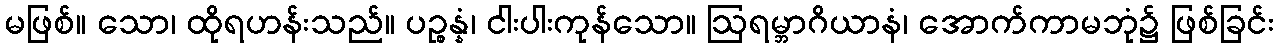
မဖြစ်။ သော၊ ထိုရဟန်းသည်။ ပဉ္စန္နံ၊ ငါးပါးကုန်သော။ ဩရမ္ဘာဂိယာနံ၊ အောက်ကာမဘုံ၌ ဖြစ်ခြင်း